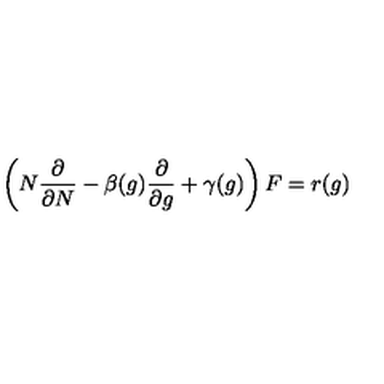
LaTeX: \left( N { \frac { \partial } { \partial N } } - \beta ( g ) { \frac { \partial } { \partial g } } + \gamma ( g ) \right) F = r ( g )